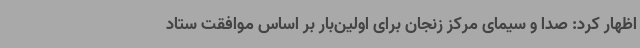
اظهار کرد: صدا و سیمای مرکز زنجان برای اولین‌بار بر اساس موافقت ستاد